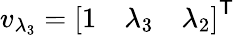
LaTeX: v_{\lambda_{3}}={\left[\begin{array}{lll}{1}&{\lambda_{3}}&{\lambda_{2}}\end{array}\right]}^{\textsf{T}}